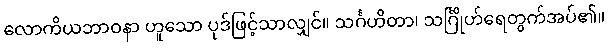
လောကိယဘာဝနာ ဟူသော ပုဒ်ဖြင့်သာလျှင်။ သင်္ဂဟိတာ၊ သင်္ဂြိုဟ်ရေတွက်အပ်၏။